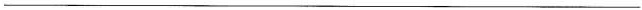
___